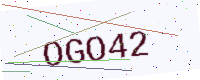
Text: OGO42